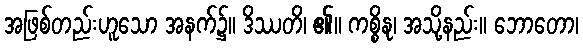
အဖြစ်တည်းဟူသော အနက်၌။ ဒိဿတိ၊ ၏။ ကစ္စိနု၊ အသို့နည်း။ ဘောတော၊